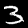
Digit: 3